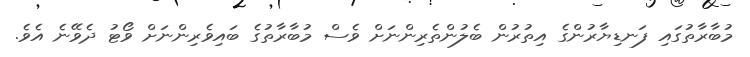
މުބާރާތުގައި ފަނޑިޔާރުންގެ އިތުރުން ބެލުންތެރިންނަށް ވެސް މުބާރާތުގެ ބައިވެރިންނަށް ވޯޓު ދެވޭނެ އެވެ.